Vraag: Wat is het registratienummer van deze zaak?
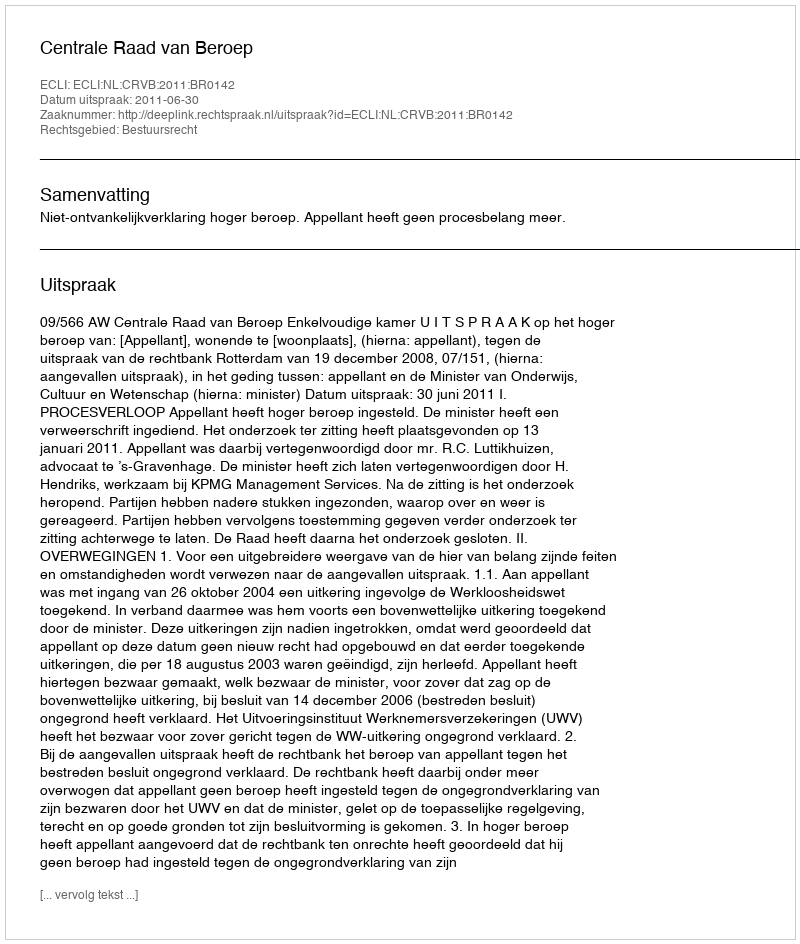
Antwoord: http://deeplink.rechtspraak.nl/uitspraak?id=ECLI:NL:CRVB:2011:BR0142